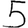
Digit: 5